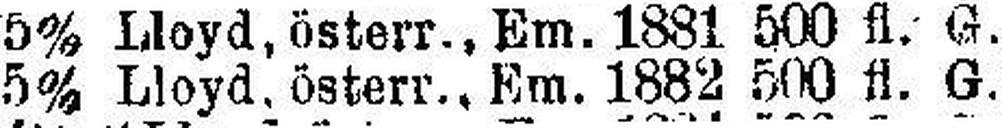
5% Lloyd, österr., Em. 1882 500 fl. G.